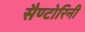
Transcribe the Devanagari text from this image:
सैण्टोरिनी